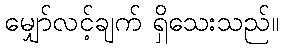
မျှော်လင့်ချက် ရှိသေးသည်။